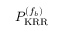
P _ { \mathrm { K R R } } ^ { ( f _ { b } ) }